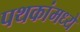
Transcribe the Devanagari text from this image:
पथकांमध्ये